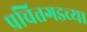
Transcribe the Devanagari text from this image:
प्रचितगडच्या